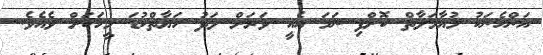
އަންހެނަކު މުއާމަލާތް ކޮށްފި ނަމަ އެއީ ވަރަށް ލަދު ހަޔާތްކުޑަ މީހަކަށް ވެެއެވެ.